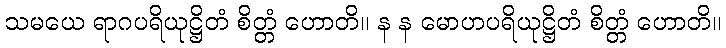
သမယေ ရာဂပရိယုဋ္ဌိတံ စိတ္တံ ဟောတိ။ န န မောဟပရိယုဋ္ဌိတံ စိတ္တံ ဟောတိ။